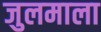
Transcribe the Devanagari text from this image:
जुलमाला